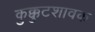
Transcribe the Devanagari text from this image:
कुक्कुटशावक